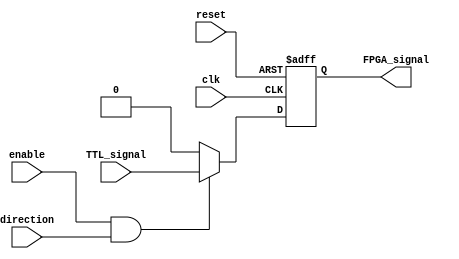
module IO_Block_TTL_Buffer (
    input wire clk,
    input wire reset,
    input wire enable,
    input wire direction,
    input wire TTL_signal,
    output wire FPGA_signal
);

reg buffer_output;

assign FPGA_signal = buffer_output;

always @(posedge clk or posedge reset) begin
    if (reset) begin
        buffer_output <= 1'b0;
    end else begin
        if (enable && direction) begin
            buffer_output <= TTL_signal;
        end else begin
            buffer_output <= 1'b0;
        end
    end
end

endmodule